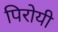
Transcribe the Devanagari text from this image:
पिरोयी